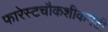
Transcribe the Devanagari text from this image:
फारेस्टचौकशीकमेटी